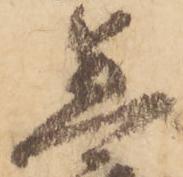
急